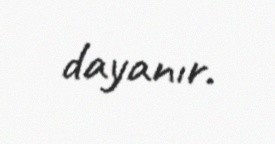
dayanır.